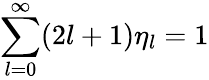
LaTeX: {\sum_{l=0}^{\infty}(2l+1)\eta_{l}=1}